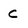
Character: C